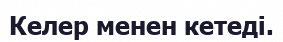
Келер менен кетеді.